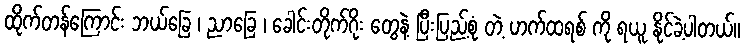
ထိုက်တန်ကြောင်း ဘယ်ခြေ ၊ ညာခြေ ၊ ခေါင်းတိုက်ဂိုး တွေနဲ့ ပြီးပြည့်စုံ တဲ့ ဟက်ထရစ် ကို ရယူ နိုင်ခဲ့ပါတယ်။